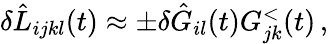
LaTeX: \begin{array}{r}{\delta\hat{L}_{ijkl}(t)\approx\pm\delta\hat{G}_{il}(t)G_{jk}^{<}(t)\, ,}\end{array}